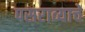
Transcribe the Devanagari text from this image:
पसराव्याचे